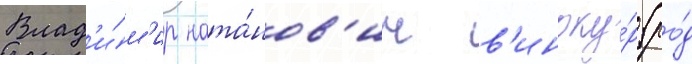
Влад'и́м'ир ната́нов'ич в'иноку́р (ро́д